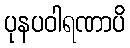
ပုနပဝါရဏာပိ